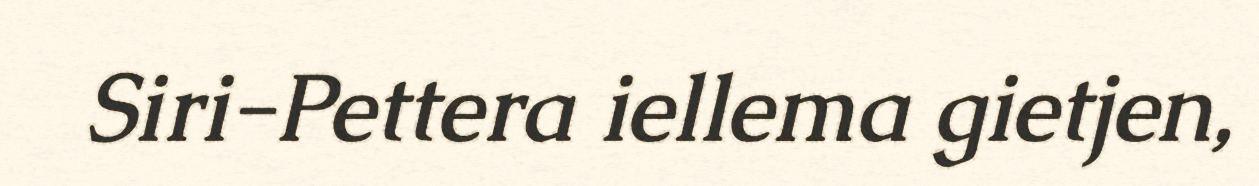
Siri-Pettera iellema gietjen,